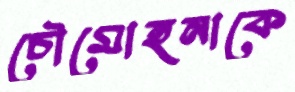
চৌমোহনাকে